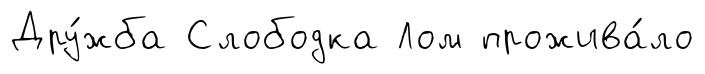
Дру́жба Слободка Лом прожива́ло